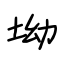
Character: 坳